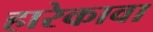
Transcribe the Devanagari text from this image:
हारेकावा